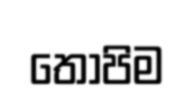
තොපිම